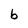
Character: b